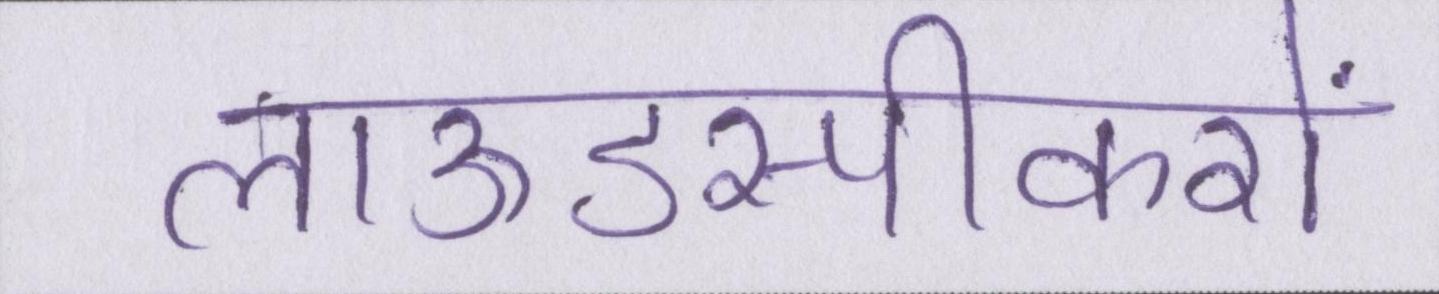
लाऊडस्पीकरों